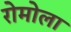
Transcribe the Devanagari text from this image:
रोमोला